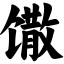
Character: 馓